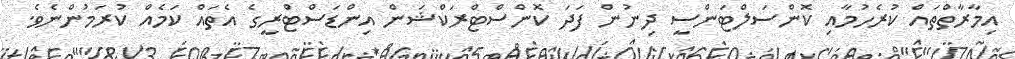
އިމާރާތްތައް ކުރެހުމާއި ކޮންސަލްޓަންސީ ދިނުން ފަދަ ކޮންސްޓްރަކްޝަން އިންޑަސްޓްރީގެ އެތައް ކަމެއް ކުރަމުންނެވެ.